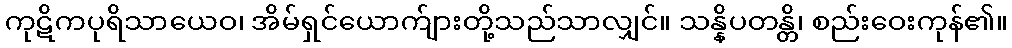
ကုဋိကပုရိသာယေဝ၊ အိမ်ရှင်ယောက်ျားတို့သည်သာလျှင်။ သန္နိပတန္တိ၊ စည်းဝေးကုန်၏။